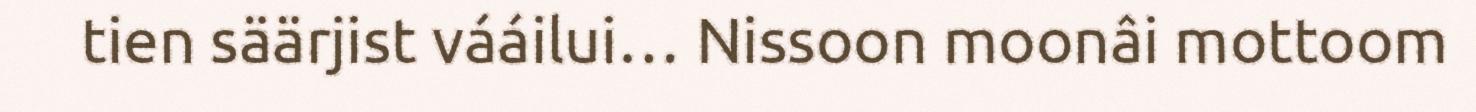
tien säärjist vááilui… Nissoon moonâi mottoom